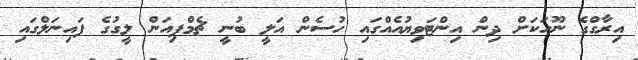
އިރާގްގެ ނޫހަކަށް ދިން އިންޓަވިޔުއެއްގައި ހުސެން އަލީ ބުނީ ޗެމްޕިއަން ލީގުގެ ފައިނަލްގައި